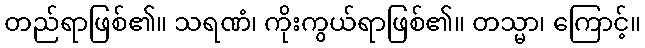
တည်ရာဖြစ်၏။ သရဏံ၊ ကိုးကွယ်ရာဖြစ်၏။ တသ္မာ၊ ကြောင့်။